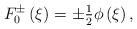
LaTeX: \begin{align*}{F_{0}^{\pm }}\left( \xi \right) =\pm {\tfrac{1}{2}}\phi \left( \xi \right) ,\end{align*}